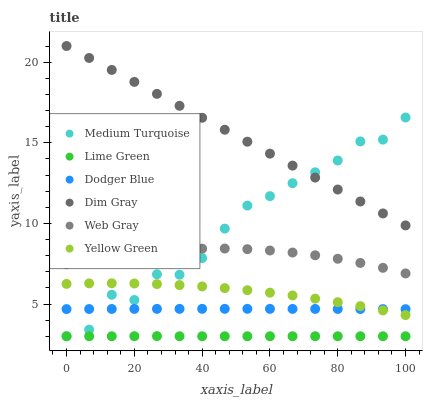
| xaxis_label | Medium Turquoise | Lime Green | Dodger Blue | Dim Gray | Web Gray | Yellow Green |
 | --- | --- | --- | --- | --- | --- | --- |
 | 0 | 3 | 3 | 4.69 | 21 | 7.47 | 6.25 |
 | 6.67 | 3.41 | 3 | 4.69 | 20.3 | 7.74 | 6.28 |
 | 13.3 | 5.57 | 3 | 4.69 | 19.5 | 7.97 | 6.29 |
 | 20 | 5.25 | 3 | 4.7 | 18.8 | 8.15 | 6.27 |
 | 26.7 | 6.85 | 3.01 | 4.7 | 18 | 8.29 | 6.23 |
 | 33.3 | 6.82 | 3 | 4.7 | 17.3 | 8.38 | 6.17 |
 | 40 | 7.85 | 3 | 4.7 | 16.5 | 8.43 | 6.09 |
 | 46.7 | 9.68 | 3 | 4.7 | 15.8 | 8.44 | 5.99 |
 | 53.3 | 11.1 | 3 | 4.7 | 15.1 | 8.4 | 5.86 |
 | 60 | 11.7 | 3 | 4.7 | 14.3 | 8.32 | 5.7 |
 | 66.7 | 12.5 | 3 | 4.7 | 13.6 | 8.19 | 5.53 |
 | 73.3 | 13.2 | 3 | 4.69 | 12.8 | 8.02 | 5.33 |
 | 80 | 13.9 | 3 | 4.69 | 12.1 | 7.81 | 5.11 |
 | 86.7 | 15.1 | 3 | 4.69 | 11.4 | 7.55 | 4.87 |
 | 93.3 | 15.2 | 3 | 4.68 | 10.6 | 7.24 | 4.6 |
 | 100 | 16.6 | 3 | 4.68 | 9.87 | 6.9 | 4.31 |